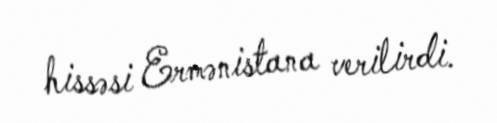
hissəsi Ermənistana verilirdi.